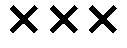
×××